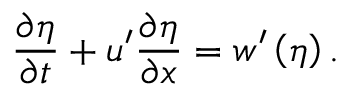
{ \frac { \partial \eta } { \partial t } } + u ^ { \prime } { \frac { \partial \eta } { \partial x } } = w ^ { \prime } \left( \eta \right) .